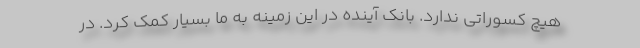
هیچ کسوراتی ندارد. بانک آینده در این زمینه به ما بسیار کمک کرد. در